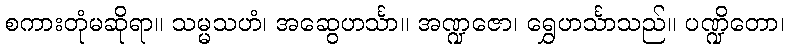
စကားတုံမဆိုရာ။ သမ္မသဟံ၊ အဆွေဟင်္သာ။ အဏ္ဍဇော၊ ရွှေဟင်္သာသည်။ ပဏ္ဍိတော၊